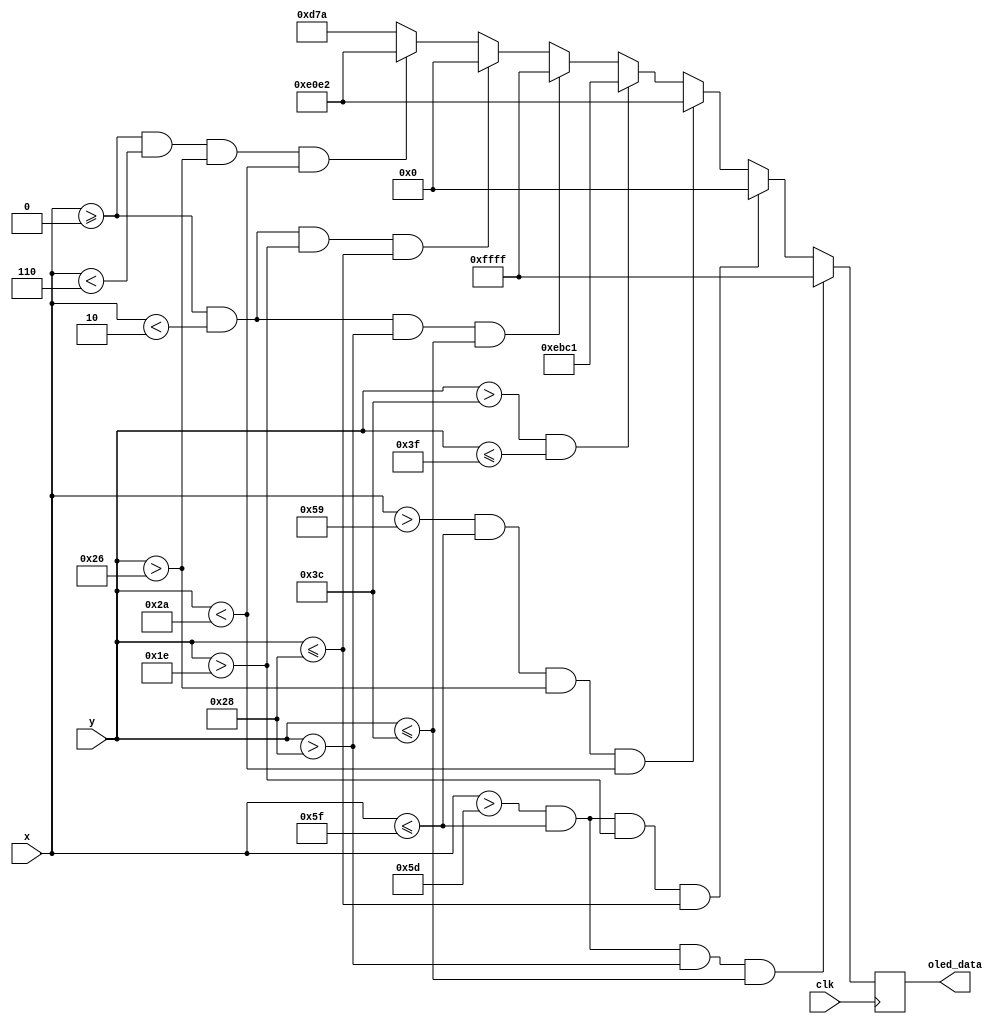
`timescale 1ns / 1ps
//////////////////////////////////////////////////////////////////////////////////
// Company: 
// Engineer: 
// 
// Design Name: 
// Module Name: display_bball_court
// Project Name: 
// Target Devices: 
// Tool Versions: 
// Description: 
// 
// Dependencies: 
// 
// Revision:
// Revision 0.01 - File Created
// Additional Comments:
// 
//////////////////////////////////////////////////////////////////////////////////

module display_bball_court(
    input [63:0] x,
    input [63:0] y,
    input clk,
    output reg [15:0] oled_data
    );
    
    localparam [15:0] orange = 16'b11101_011110_00001;
    localparam [15:0] white = 16'b11111_111111_11111;
    localparam [15:0] green = 16'b00010_100101_00001;
    localparam [15:0] yellow = 16'b11010_110110_00001;
    localparam [15:0] red = 16'b11100_000111_00010;
    localparam [15:0] black = 16'b00000_000000_00000;
    localparam [15:0] blue = 16'b00001_101011_11010;
    
    always @ (posedge clk) begin
        oled_data <= blue;
        
        //floor && left hoop
        if (y>60 && y<=63) begin
            oled_data <= orange;
        end
        else if ( x>=0 && x <2 && y>40 && y<=60) begin
            oled_data <= white;
        end
        else if ( x>=0 && x<2 && y>30 && y<=40) begin
            oled_data <= black;
        end
        else if (x>=0 && x <6 && y>38 && y<42) begin
            oled_data <= red;
        end
        
        //right hoop
        if ( x>93 && x<=95 && y>40 && y<=60) begin
            oled_data <= white;
        end
        else if(x>93 && x <=95 && y>30&& y<=40) begin
            oled_data <= black;
        end
        else if(x>89&& x<=95 && y>38 && y<42) begin
            oled_data <= red;
        end
    end
    
endmodule